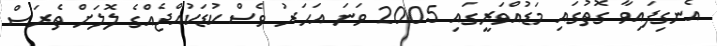
އެނގިފައިވާ ގޮތުގައި މަޑުއްވަރީގައި 2005 ވަނަ އަހަރު ވެސް ކުޑަކުއްޖެއްގެ ލޮލަށް ތެރަސް